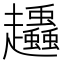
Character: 𧾶